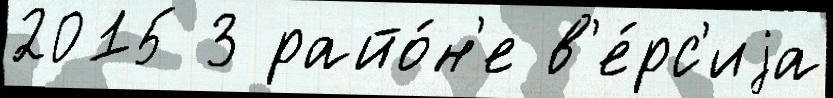
2015 3 райо́н'е в'е́рс'иjа